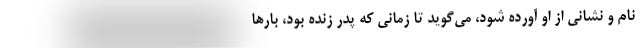
نام و نشاني از او آورده شود، مي‌گويد تا زماني كه پدر زنده بود، بارها